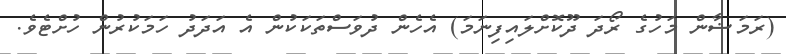
(ރަމަޟާން މަހުގެ ރޯދަ ދޫކޮށްލައިފިނަމަ) އެހެން ދުވަސްތަކަކުން އެ އަދަދު ހަމަކުރުން ހުށްޓެވެ.